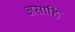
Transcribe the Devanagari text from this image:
असाहि